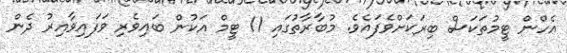
އެހްން ޓީމުތަކަސް ބިރަކަށްވެފައެވެ. މުބާރާތުގައި 11 ޓީމް އަކުން ބައިވެރި ވަފައިވާއިރު ދެން